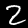
Digit: 2